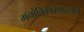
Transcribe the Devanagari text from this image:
मनोविकारशास्त्राचे